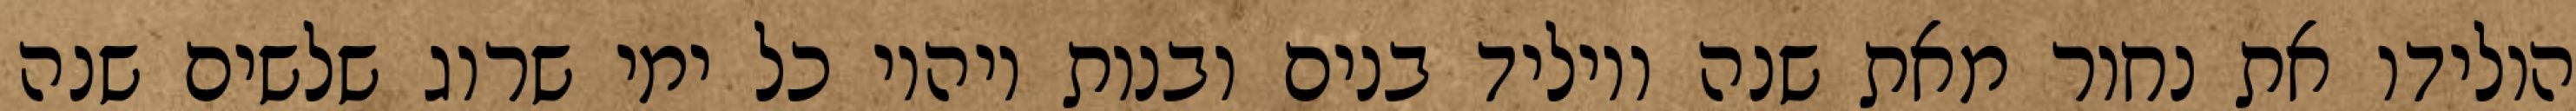
הולידו את נחור מאת שנה ויוליד בנים ובנות ויהיו כל ימי שרוג שלשים שנה